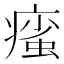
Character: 𤹊